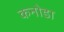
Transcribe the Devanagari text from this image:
कनोडा